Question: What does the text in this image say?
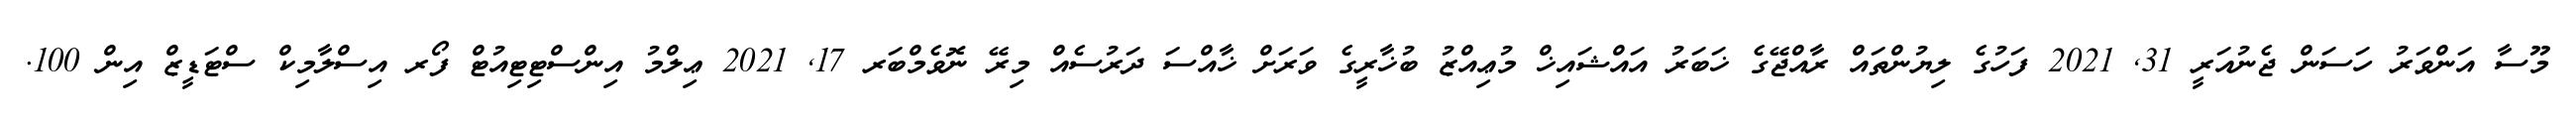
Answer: މޫސާ އަންވަރު ހަސަން ޖެނުއަރީ 31, 2021 ފަހުގެ ލިޔުންތައް ރާއްޖޭގެ ޚަބަރު އައްޝައިޚް މުޢިއްޒު ބުޚާރީގެ ވަރަށް ޚާއްސަ ދަރުސެއް މިރޭ ނޮވެމްބަރ 17, 2021 ޢިލްމު އިންސްޓިޓިއުޓް ފޯރ އިސްލާމިކް ސްޓަޑީޒް އިން 100.